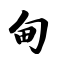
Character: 甸